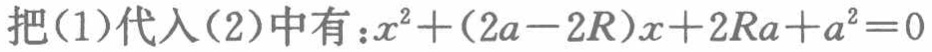
把(1)代入(2)中有：\(x^{2}+(2a - 2R)x + 2Ra + a^{2}=0\)